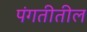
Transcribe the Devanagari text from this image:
पंगतीतील